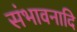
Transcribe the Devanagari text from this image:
संभावनादि